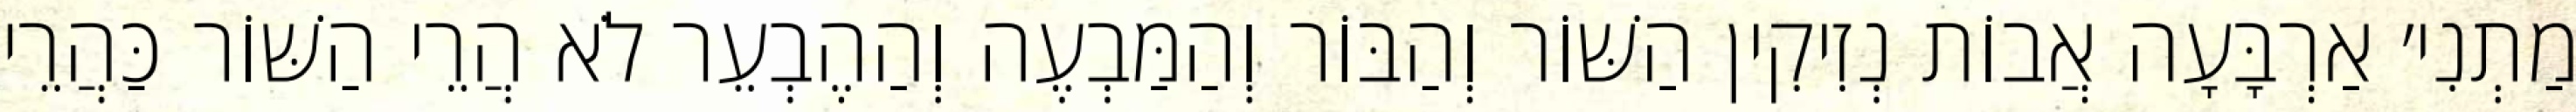
מַתְנִי׳ אַרְבָּעָה אֲבוֹת נְזִיקִין הַשּׁוֹר וְהַבּוֹר וְהַמַּבְעֶה וְהַהֶבְעֵר לֹא הֲרֵי הַשּׁוֹר כַּהֲרֵי